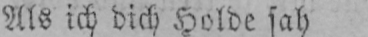
Als ich dich Holde sah